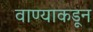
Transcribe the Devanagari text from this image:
वाण्याकडून